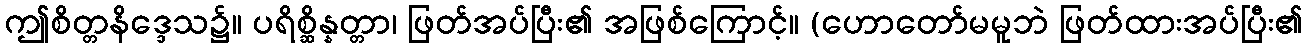
ဤစိတ္တနိဒ္ဒေသ၌။ ပရိစ္ဆိန္နတ္တာ၊ ဖြတ်အပ်ပြီး၏ အဖြစ်ကြောင့်။ (ဟောတော်မမူဘဲ ဖြတ်ထားအပ်ပြီး၏